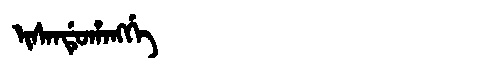
Manchu: ᡳᠰᠠᠨᡩᡠᡥᠠᠩᡤᡝ
Romanization: ISANDUHANGGE